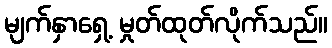
မျက်နှာရှေ့ မှုတ်ထုတ်လိုက်သည်။